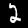
Digit: 2